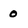
Character: 0